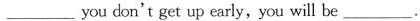
___youdon't get up early, you will be___.